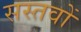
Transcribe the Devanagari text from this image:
सस्तवों